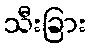
သီးခြား